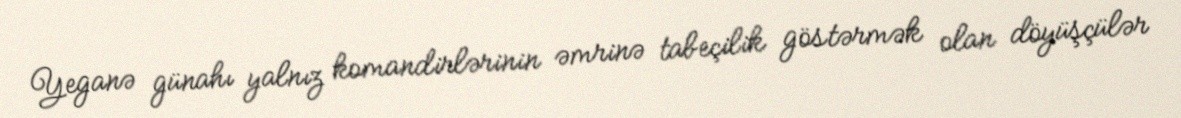
Yeganə günahı yalnız komandirlərinin əmrinə tabeçilik göstərmək olan döyüşçülər